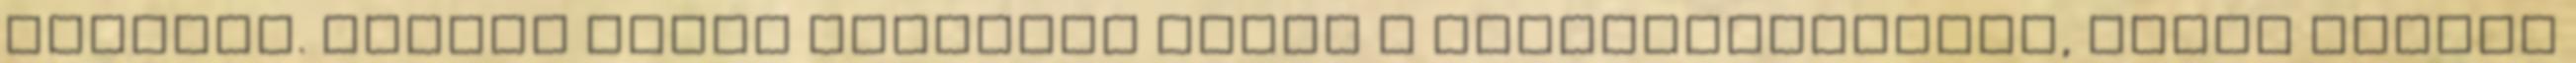
tartani. Mintha máris beléptem volna a komfortzónájába, pedig messze